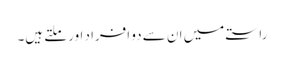
راستے میں ان سے دو افراد اور ملتے ہیں۔